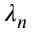
\lambda _ { n }